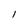
Character: 1